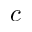
c